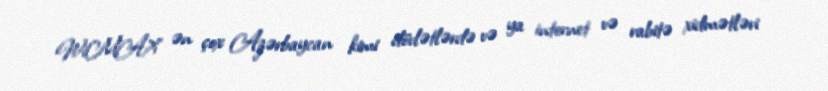
WiMAX ən çox Azərbaycan kimi dövlətlərdə və ya internet və rabitə xidmətləri